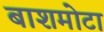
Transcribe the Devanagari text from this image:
बाशमोटा